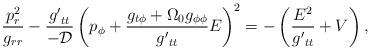
LaTeX: \begin{align*}\frac{p_r^2}{g_{rr}} - \frac{ {g'}_{tt}}{- \cal D} \left( p_\phi + \frac{g_{t \phi } + \Omega_0 g_{\phi \phi}}{{g'}_{tt}} E \right)^2 = - \left( \frac{ E^2 }{ {g'}_{tt}} + V \right),\end{align*}